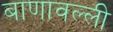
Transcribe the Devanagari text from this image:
बाणावल्ली